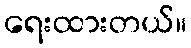
ရေးထားတယ်။